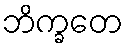
ဘိက္ခတေ